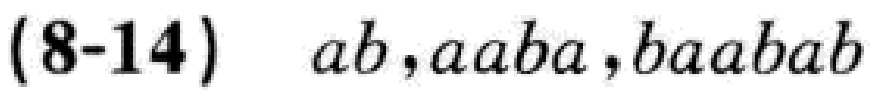
(8-14) \(ab,aaba,baabab\)